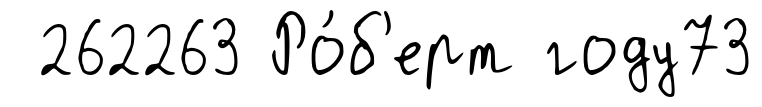
262263 Ро́б'ерт году73